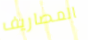
المصاريف